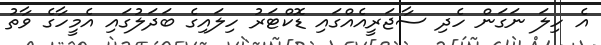
އެ ހިލަ ނަގަން ހެދި ސާޖަރީއެއްގައި ޑޮކްޓަރު ހިލައިގެ ބަދަލުގައި އެމީހާގެ ވާތު